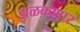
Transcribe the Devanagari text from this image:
झळकणार